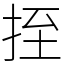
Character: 挃